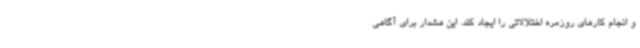
و انجام کارهای روزمره اختلالاتی را ایجاد کند. این هشدار برای آگاهی